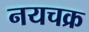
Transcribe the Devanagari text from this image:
नयचक्र